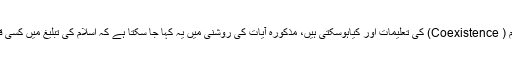
اس سے بڑھ کر پر امن بقائے باہم ( Coexistence) کی تعلیمات اور کیاہوسکتی ہیں، مذکورہ آیات کی روشنی میں یہ کہا جا سکتا ہے کہ اسلام کی تبلیغ میں کسی قسم کی کوئی زبردستی جائز نہیں۔